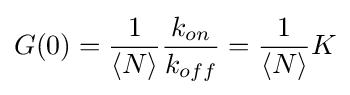
G(0)={\frac {1}{\langle N\rangle }}{\frac {k_{on}}{k_{off}}}={\frac {1}{\langle N\rangle }}K